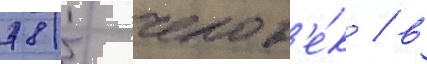
785 челов'е́к / в